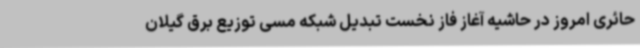
حائری امروز در حاشیه آغاز فاز نخست تبدیل شبکه مسی توزیع برق گیلان